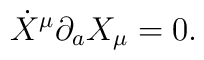
\dot{X}^\mu \partial_a X_\mu = 0.